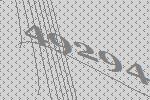
49294